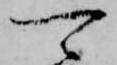
可